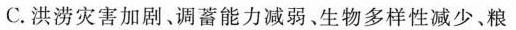
C. 洪涝灾害加剧、调蓄能力减弱、生物多样性减少、粮